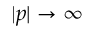
| p | \to \infty